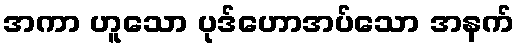
အကာ ဟူသော ပုဒ်ဟောအပ်သော အနက်